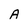
Character: A